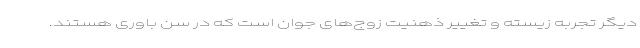
دیگر تجربه زیسته و تغییر ذهنیت زوج‌های جوان است که در سن باوری هستند.